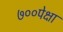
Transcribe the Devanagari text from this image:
७००पेक्षा